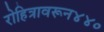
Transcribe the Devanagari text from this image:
रोहित्रावरून४४०